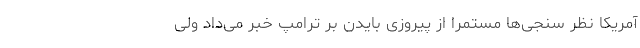
آمریکا نظر سنجی‌ها مستمرا از پیروزی بایدن بر ترامپ خبر می‌داد ولی